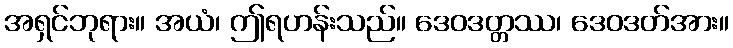
အရှင်ဘုရား။ အယံ၊ ဤရဟန်းသည်။ ဒေဝဒတ္တဿ၊ ဒေဝဒတ်အား။